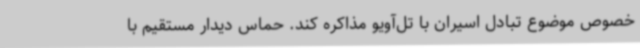
خصوص موضوع تبادل اسیران با تل‌آویو مذاکره کند. حماس دیدار مستقیم با